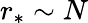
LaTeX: r_{*}\sim{N}